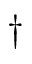
\dagger